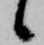
候